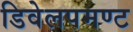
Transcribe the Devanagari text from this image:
डिवेलपमण्ट